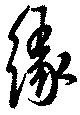
縁